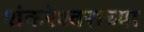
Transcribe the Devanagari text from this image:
शंकरेश्वराच्या